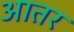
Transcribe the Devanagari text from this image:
आतर